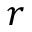
r